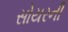
સોયરની